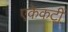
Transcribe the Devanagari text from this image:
एकेकटीं